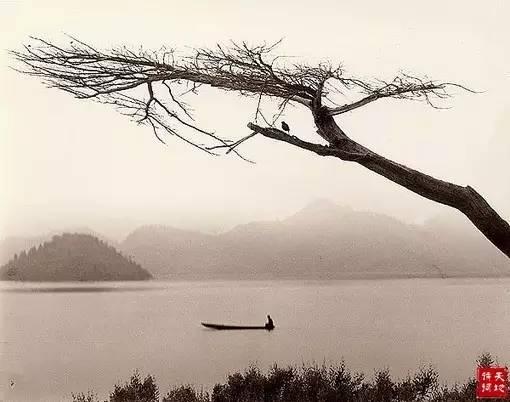
渭北春天树，江东日暮云。